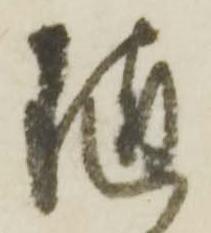
随